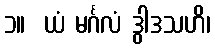
၁။  ယံ မင်္ဂလံ ဒွါဒသဟိ၊